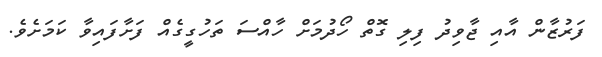
ފަރުޒާން އާއި ޖާވިދު ފިލި ގޮތް ހޯދުމަށް ހާއްސަ ތަހުގީގެއް ފަށާފައިވާ ކަަމަށެވެ.